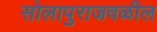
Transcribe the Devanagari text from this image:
सोलापुराजवळील